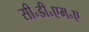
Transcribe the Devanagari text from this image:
सी॰डी॰एम॰ए